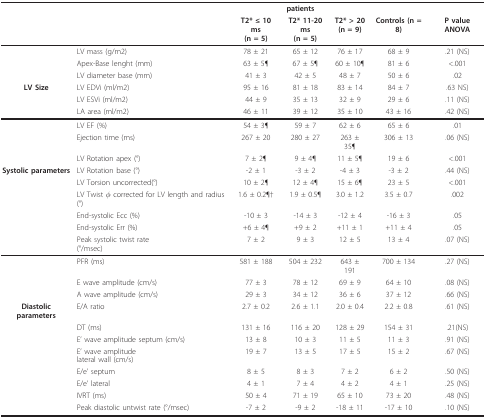
<table><thead><tr><td></td><td></td><td colspan="3"><b>patients</b></td><td></td><td></td></tr><tr><td></td><td></td><td><b>T2* ≤ 10 ms(n = 5)</b></td><td><b>T2* 11-20 ms(n = 5)</b></td><td><b>T2* &gt; 20(n = 9)</b></td><td><b>Controls (n = 8)</b></td><td><b>P value ANOVA</b></td></tr></thead><tbody><tr><td></td><td>LV mass (g/m2)</td><td>78 ± 21</td><td>65 ± 12</td><td>76 ± 17</td><td>68 ± 9</td><td>.21 (NS)</td></tr><tr><td></td><td>Apex-Base lenght (mm)</td><td>63 ± 5¶</td><td>67 ± 5¶</td><td>60 ± 10¶</td><td>81 ± 6</td><td>&lt;.001</td></tr><tr><td></td><td>LV diameter base (mm)</td><td>41 ± 3</td><td>42 ± 5</td><td>48 ± 7</td><td>50 ± 6</td><td>.02</td></tr><tr><td><b>LV Size</b></td><td>LV EDVi (ml/m2)</td><td>95 ± 16</td><td>81 ± 18</td><td>83 ± 14</td><td>84 ± 7</td><td>.63 NS)</td></tr><tr><td></td><td>LV ESVi (ml/m2)</td><td>44 ± 9</td><td>35 ± 13</td><td>32 ± 9</td><td>29 ± 6</td><td>.11 (NS)</td></tr><tr><td></td><td>LA area (ml/m2)</td><td>46 ± 11</td><td>39 ± 12</td><td>35 ± 10</td><td>43 ± 16</td><td>.42 (NS)</td></tr><tr><td></td><td>LV EF (%)</td><td>54 ± 3¶</td><td>59 ± 7</td><td>62 ± 6</td><td>65 ± 6</td><td>.01</td></tr><tr><td></td><td>Ejection time (ms)</td><td>267 ± 20</td><td>280 ± 27</td><td>263 ± 35¶</td><td>306 ± 13</td><td>.06 (NS)</td></tr><tr><td></td><td>LV Rotation apex (°)</td><td>7 ± 2¶</td><td>9 ± 4¶</td><td>11 ± 5¶</td><td>19 ± 6</td><td>&lt;.001</td></tr><tr><td><b>Systolic parameters</b></td><td>LV Rotation base (°)</td><td>-2 ± 1</td><td>-3 ± 2</td><td>-4 ± 3</td><td>-3 ± 2</td><td>.44 (NS)</td></tr><tr><td></td><td>LV Torsion uncorrected(°)</td><td>10 ± 2¶</td><td>12 ± 4¶</td><td>15 ± 6¶</td><td>23 ± 5</td><td>&lt;.001</td></tr><tr><td></td><td>LV Twist <b>φ </b>corrected for LV length and radius (°)</td><td>1.6 ± 0.2¶†</td><td>1.9 ± 0.5¶</td><td>3.0 ± 1.2</td><td>3.5 ± 0.7</td><td>.002</td></tr><tr><td></td><td>End-systolic Ecc (%)</td><td>-10 ± 3</td><td>-14 ± 3</td><td>-12 ± 4</td><td>-16 ± 3</td><td>.05</td></tr><tr><td></td><td>End-systolic Err (%)</td><td>+6 ± 4¶</td><td>+9 ± 2</td><td>+11 ± 1</td><td>+11 ± 4</td><td>.05</td></tr><tr><td></td><td>Peak systolic twist rate(°/msec)</td><td>7 ± 2</td><td>9 ± 3</td><td>12 ± 5</td><td>13 ± 4</td><td>.07 (NS)</td></tr><tr><td></td><td>PFR (ms)</td><td>581 ± 188</td><td>504 ± 232</td><td>643 ± 191</td><td>700 ± 134</td><td>.27 (NS)</td></tr><tr><td></td><td>E wave amplitude (cm/s)</td><td>77 ± 3</td><td>78 ± 12</td><td>69 ± 9</td><td>64 ± 10</td><td>.08 (NS)</td></tr><tr><td></td><td>A wave amplitude (cm/s)</td><td>29 ± 3</td><td>34 ± 12</td><td>36 ± 6</td><td>37 ± 12</td><td>.66 (NS)</td></tr><tr><td><b>Diastolic parameters</b></td><td>E/A ratio</td><td>2.7 ± 0.2</td><td>2.6 ± 1.1</td><td>2.0 ± 0.4</td><td>2.2 ± 0.8</td><td>.61 (NS)</td></tr><tr><td></td><td>DT (ms)</td><td>131 ± 16</td><td>116 ± 20</td><td>128 ± 29</td><td>154 ± 31</td><td>.21(NS)</td></tr><tr><td></td><td>E&#x27; wave amplitude septum (cm/s)</td><td>13 ± 8</td><td>10 ± 3</td><td>11 ± 5</td><td>11 ± 3</td><td>.91 (NS)</td></tr><tr><td></td><td>E&#x27; wave amplitudelateral wall (cm/s)</td><td>19 ± 7</td><td>13 ± 5</td><td>17 ± 5</td><td>15 ± 2</td><td>.67 (NS)</td></tr><tr><td></td><td>E/e&#x27; septum</td><td>8 ± 5</td><td>8 ± 3</td><td>7 ± 2</td><td>6 ± 2</td><td>.50 (NS)</td></tr><tr><td></td><td>E/e&#x27; lateral</td><td>4 ± 1</td><td>7 ± 4</td><td>4 ± 2</td><td>4 ± 1</td><td>.25 (NS)</td></tr><tr><td></td><td>IVRT (ms)</td><td>50 ± 4</td><td>71 ± 19</td><td>65 ± 10</td><td>73 ± 20</td><td>.48 (NS)</td></tr><tr><td></td><td>Peak diastolic untwist rate (°/msec)</td><td>-7 ± 2</td><td>-9 ± 2</td><td>-18 ± 11</td><td>-17 ± 10</td><td>.10 (NS)</td></tr></tbody></table>